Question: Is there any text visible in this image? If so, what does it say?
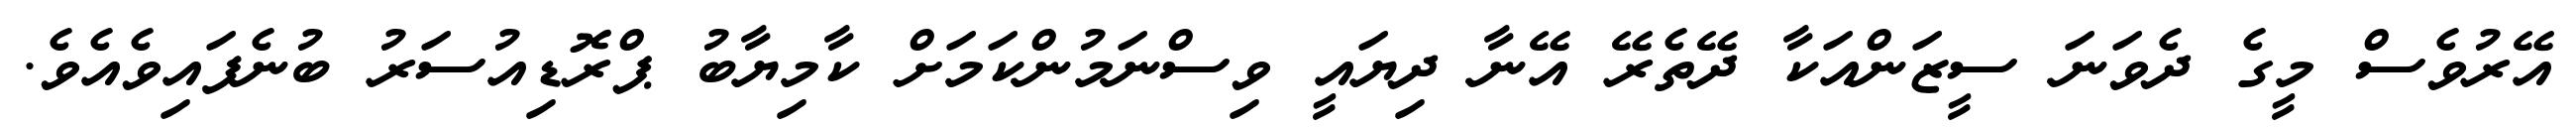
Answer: އޭރުވެސް މީގެ ދެވަނަ ސީޒަންއަކާ ދޭތެރޭ އޭނާ ދިޔައީ ވިސްނަމުންކަމަށް ކާމިޔާބު ޕްރޮޑިއުސަރު ބުނެފައިވެއެވެ.